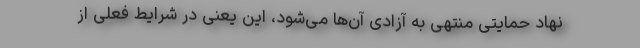
نهاد حمایتی منتهی به آزادی آن‌ها می‌شود، این یعنی در شرایط فعلی از